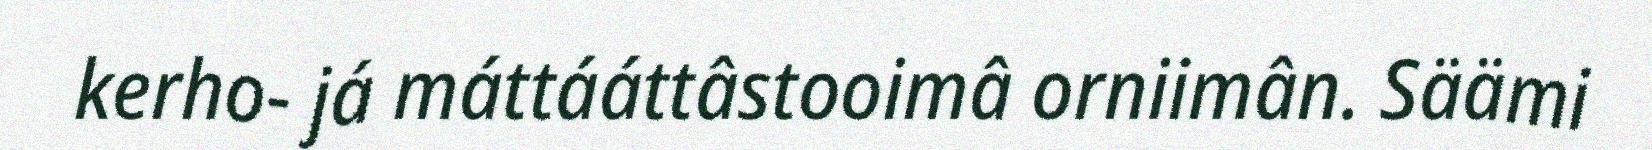
kerho- já máttááttâstooimâ orniimân. Säämi